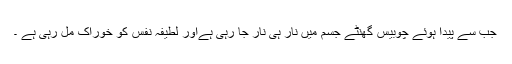
جب سے پیدا ہوئے چوبیس گھنٹے جسم میں نار ہی نار جا رہی ہےاور لطیفہ نفس کو خوراک مل رہی ہے ۔